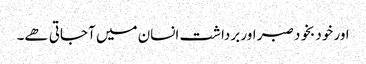
اور خود بخود صبر اور برداشت انسان میں آجاتی ھے۔